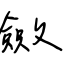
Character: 斂